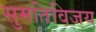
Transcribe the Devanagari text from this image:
सुमतिविजय